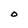
Character: O